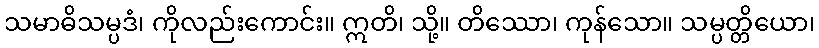
သမာဓိသမ္ပဒံ၊ ကိုလည်းကောင်း။ ဣတိ၊ သို့။ တိဿော၊ ကုန်သော။ သမ္ပတ္တိယော၊